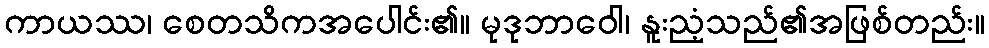
ကာယဿ၊ စေတသိကအပေါင်း၏။ မုဒုဘာဝေါ၊ နူးညံ့သည်၏အဖြစ်တည်း။